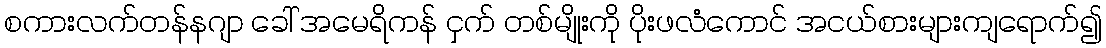
စကားလက်တန်နဂျာ ခေါ် အမေရိကန် ငှက် တစ်မျိုးကို ပိုးဖလံကောင် အငယ်စားများကျရောက်၍